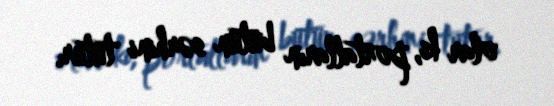
olar ki, portalların bütün sərhini tutur.